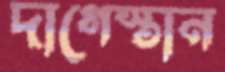
দাগেস্তান